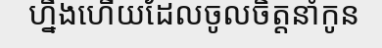
ហ្នឹងហើយដែលចូលចិត្តនាំកូន